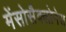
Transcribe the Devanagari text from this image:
मेंसोसैक्लोनेस